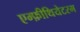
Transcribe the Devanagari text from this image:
एम्फ़ीथियेटरम